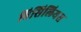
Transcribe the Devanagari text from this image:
विसिलियस